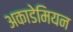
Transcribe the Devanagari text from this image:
अकाडेमियन